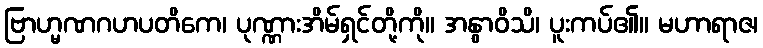
ဗြာဟ္မဏဂဟပတိကေ၊ ပုဏ္ဏားအိမ်ရှင်တို့ကို။ အနွာဝိသိ၊ ပူးကပ်၏။ မဟာရာဇ၊